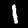
Label: 1